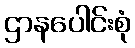
ဌာနပေါင်းစုံ